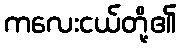
ကလေးငယ်တို့၏